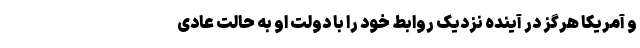
و آمریکا هرگز در آینده نزدیک روابط خود را با دولت او به حالت عادی